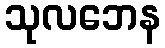
သုလဘေန